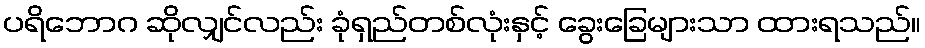
ပရိဘောဂ ဆိုလျှင်လည်း ခုံရှည်တစ်လုံးနှင့် ခွေးခြေများသာ ထားရသည်။